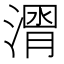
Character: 𱨒